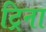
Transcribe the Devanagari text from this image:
ट्रिना